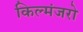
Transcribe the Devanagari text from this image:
किल्मंजरो